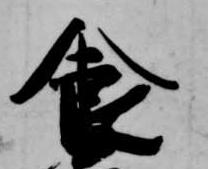
食